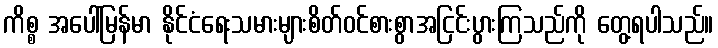
ကိစ္စ အပေါ်မြန်မာ နိုင်ငံရေးသမားများစိတ်ဝင်စားစွာအငြင်းပွားကြသည်ကို တွေ့ရပါသည်။